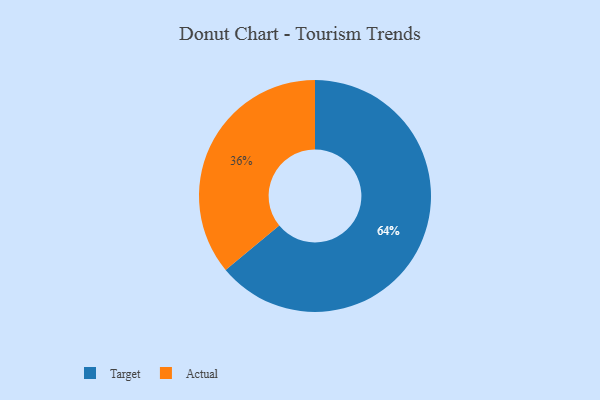
{"axis": {"x": "Category", "y": "Percentage"}, "legend": ["Actual", "Target"], "data": [{"x": "Target", "y": 64, "type": "Target"}, {"x": "Actual", "y": 36, "type": "Actual"}]}